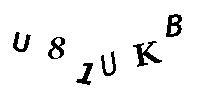
U81UKB